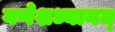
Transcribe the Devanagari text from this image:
गणेशध्यानम्